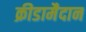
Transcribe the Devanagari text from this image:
क्रीडामैदान